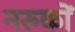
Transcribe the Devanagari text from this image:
नरुकों